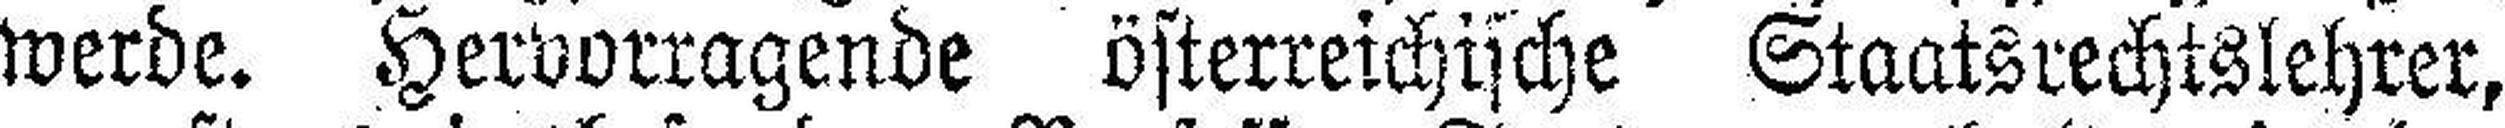
werde. Hervorragende österreichische Staatsrechtslehrer,